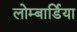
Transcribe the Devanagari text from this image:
लोम्बार्डिया